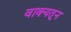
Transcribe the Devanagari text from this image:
वाक्यतून